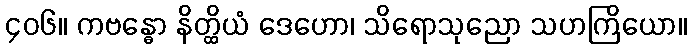
၄၀၆။ ကဗန္ဓော နိတ္ထိယံ ဒေဟော၊ သိရောသုညော သဟကြိယော။